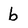
Character: b